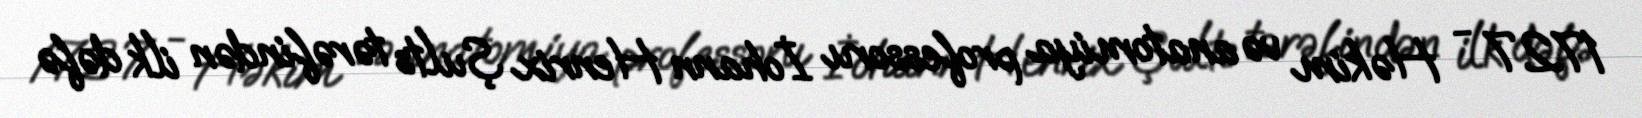
1727 - Həkim və anatomiya professoru İohann Henrix Şults tərəfindən ilk dəfə